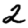
Digit: 2